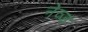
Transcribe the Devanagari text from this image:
नेव्ज